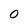
Character: 0